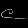
Digit: ၉